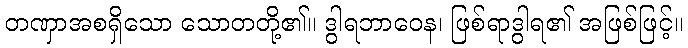
တဏှာအစရှိသော သောတတို့၏။ ဒွါရဘာဝေန၊ ဖြစ်ရာဒွါရ၏ အဖြစ်ဖြင့်။